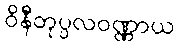
ဝိနီတုပ္ပလဝဏ္ဏာယ